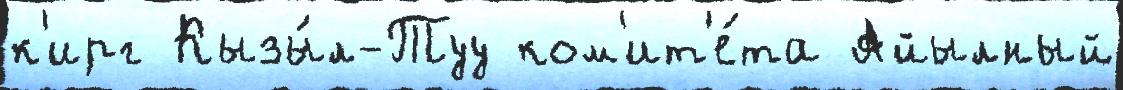
к'ирг Кызы́л-Туу ком'ит'е́та Айылный